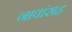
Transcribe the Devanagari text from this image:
नावांसह